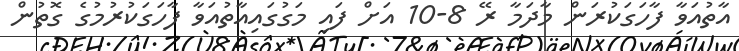
އާތުއަވާ ފާހަގަކުރަން މާދަމާ ރޭ 8-10 އަށް ފައި މަގުގައިއާތުއަވާ ފާހަގަކުުރުމުގެ ގޮތުން